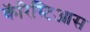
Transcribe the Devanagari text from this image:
कॅरिस्टिआस